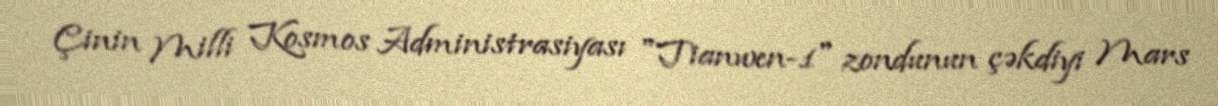
Çinin Milli Kosmos Administrasiyası "Tianwen-1" zondunun çəkdiyi Mars